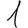
Digit: 1